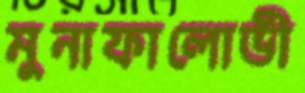
মুনাফালোভী